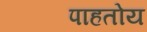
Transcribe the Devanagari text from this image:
पाहतोय